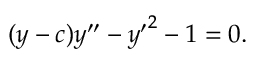
( y - c ) y ^ { \prime \prime } - { y ^ { \prime } } ^ { 2 } - 1 = 0 .